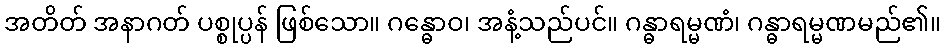
အတိတ် အနာဂတ် ပစ္စုပ္ပန် ဖြစ်သော။ ဂန္ဓောဝ၊ အနံ့သည်ပင်။ ဂန္ဓာရမ္မဏံ၊ ဂန္ဓာရမ္မဏမည်၏။